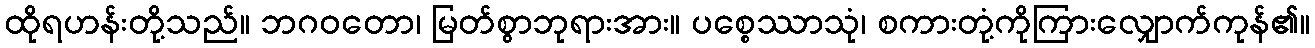
ထိုရဟန်းတို့သည်။ ဘဂဝတော၊ မြတ်စွာဘုရားအား။ ပစ္စေဿာသုံ၊ စကားတုံ့ကိုကြားလျှောက်ကုန်၏။